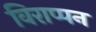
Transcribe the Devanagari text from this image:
विराप्पन